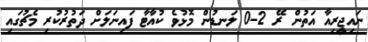
ނައިޖީރިއާ އަތުން ރޭ 2-0 ލަނޑުން މޮޅުވެ ކުއާޓާ ފައިނަލަށް ދަތުރުކުރި މެޗުގައި